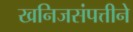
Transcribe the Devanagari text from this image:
खनिजसंपत्तीने